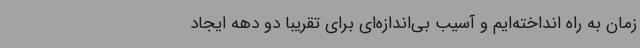
زمان به راه انداخته‌ایم و آسیب بی‌اندازه‌ای برای تقریبا دو دهه ایجاد